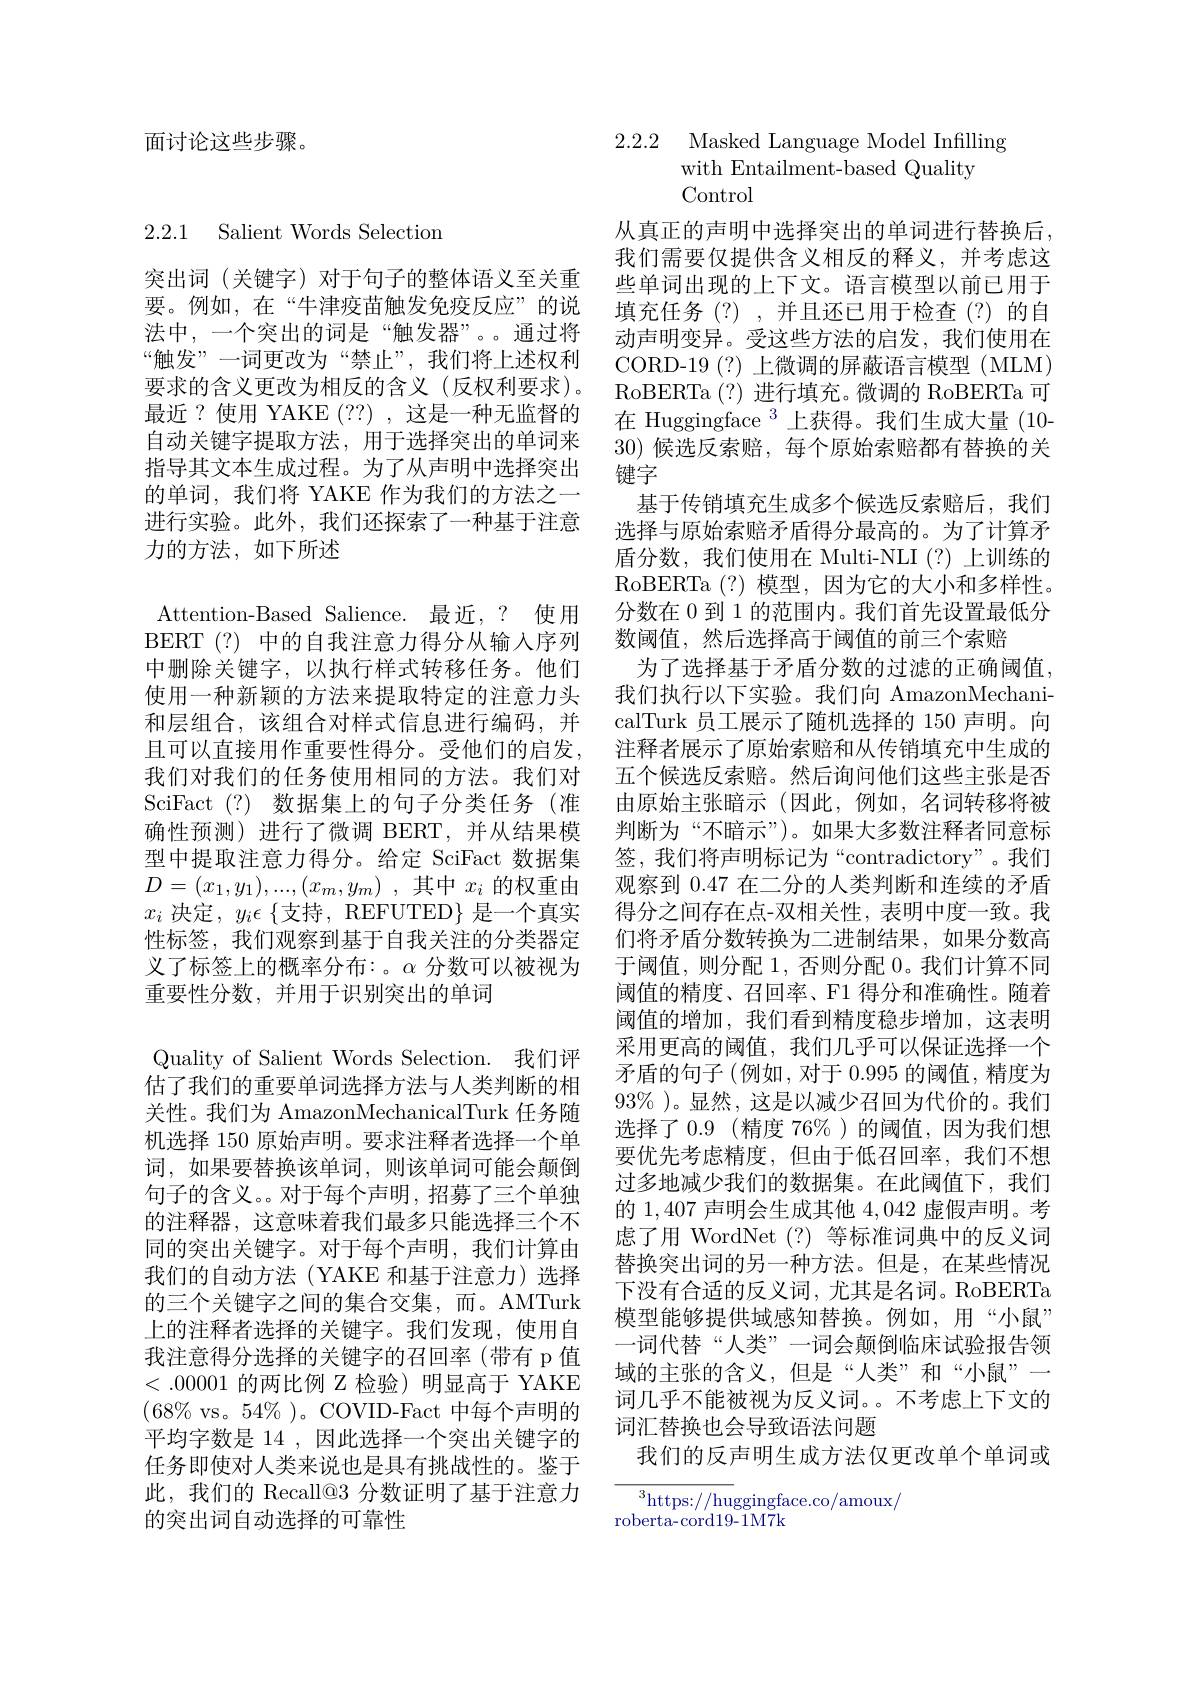
面讨论这些步骤。

## 2.2.1 Salient Words Selection

突出词(关键字)对于句子的整体语义至关重要。例如，在“牛津疫苗触发免疫反应”的说法中，一个突出的词是“触发器”。。通过将“触发”一词更改为“禁止”,我们将上述权利要求的含义更改为相反的含义(反权利要求)。最近？使用 YAKE (??),这是一种无监督的自动关键字提取方法，用于选择突出的单词来指导其文本生成过程。为了从声明中选择突出的单词，我们将 YAKE 作为我们的方法之一进行实验。此外，我们还探索了一种基于注意力的方法，如下所述

Attention-Based Salience. 最近，? 使用BERT (?) 中的自我注意力得分从输入序列中删除关键字，以执行样式转移任务。他们使用一种新颖的方法来提取特定的注意力头和层组合，该组合对样式信息进行编码，并且可以直接用作重要性得分。受他们的启发， 我们对我们的任务使用相同的方法。我们对SciFact (?)数据集上的句子分类任务 (准确性预测)进行了微调 BERT,并从结果模型中提取注意力得分。给定 SciFact 数据集$D= ( x_1, y_1) , . . . , ( x_m, y_m)$ ,其中 $x_i$ 的权重由$x_i$ 决定 $,y_i\epsilon\{$支持，REFUTED$\}$ 是一个真实性标签，我们观察到基于自我关注的分类器定义了标签上的概率分布：。$\alpha$分数可以被视为重要性分数，并用于识别突出的单词
Quality of Salient Words Selection. 我们评估了我们的重要单词选择方法与人类判断的相关性。我们为 AmazonMechanicalTurk 任务随机选择 150 原始声明。要求注释者选择一个单词，如果要替换该单词，则该单词可能会颠倒句子的含义。。对于每个声明，招募了三个单独的注释器，这意味着我们最多只能选择三个不同的突出关键字。对于每个声明，我们计算由我们的自动方法(YAKE 和基于注意力)选择的三个关键字之间的集合交集，而。AMTurk 上的注释者选择的关键字。我们发现，使用自我注意得分选择的关键字的召回率(带有 p 值<.00001的两比例 Z 检验)明显高于 YAKE $(68\%$ vs。54% )。COVID-Fact 中每个声明的平均字数是 14 ,因此选择一个突出关键字的任务即使对人类来说也是具有挑战性的。鉴于此，我们的 Recall@3 分数证明了基于注意力的突出词自动选择的可靠性

2.2.2 Masked Language Model Infilling
with Entailment-based Quality
Control

从真正的声明中选择突出的单词进行替换后， 我们需要仅提供含义相反的释义，并考虑这些单词出现的上下文。语言模型以前已用于填充任务(?),并且还已用于检查(?)的自动声明变异。受这些方法的启发，我们使用在CORD-19(?)上微调的屏蔽语言模型(MLM) RoBERTa (?) 进行填充。微调的 RoBERTa 可在 Huggingface $^{3}$上获得。我们生成大量(10- 30)候选反索赔，每个原始索赔都有替换的关键字
基于传销填充生成多个候选反索赔后，我们选择与原始索赔矛盾得分最高的。为了计算矛盾分数，我们使用在 Multi-NLI (?)上训练的RoBERTa (?) 模型，因为它的大小和多样性。分数在 0 到 1 的范围内。我们首先设置最低分数阈值，然后选择高于阈值的前三个索赔
为了选择基于矛盾分数的过滤的正确阈值， 我们执行以下实验。我们向 AmazonMechanicalTurk 员工展示了随机选择的 150 声明。向注释者展示了原始索赔和从传销填充中生成的五个候选反索赔。然后询问他们这些主张是否由原始主张暗示(因此，例如，名词转移将被判断为“不暗示”)。如果大多数注释者同意标签，我们将声明标记为“contradictory”。我们观察到 0.47 在二分的人类判断和连续的矛盾得分之间存在点-双相关性，表明中度一致。我们将矛盾分数转换为二进制结果，如果分数高于阈值，则分配 1, 否则分配 0。我们计算不同阈值的精度、召回率、F1 得分和准确性。随着阈值的增加，我们看到精度稳步增加，这表明采用更高的阈值，我们几乎可以保证选择一个矛盾的句子(例如，对于 0.995 的阈值，精度为93% )。显然，这是以减少召回为代价的。我们选择了0.9(精度 76%)的阈值，因为我们想要优先考虑精度，但由于低召回率，我们不想过多地减少我们的数据集。在此阈值下，我们的1，407声明会生成其他4，042虚假声明。考虑了用 WordNet (?)等标准词典中的反义词替换突出词的另一种方法。但是，在某些情况下没有合适的反义词，尤其是名词。RoBERTa 模型能够提供域感知替换。例如，用“小鼠” 一词代替“人类”一词会颠倒临床试验报告领域的主张的含义，但是“人类”和“小鼠”一词几乎不能被视为反义词。。不考虑上下文的词汇替换也会导致语法问题
我们的反声明生成方法仅更改单个单词或
${\overline{{^3}\mathrm{https:}//\mathrm{hu}}}$ggingface.co/amoux/

roberta-cord19-1M7k